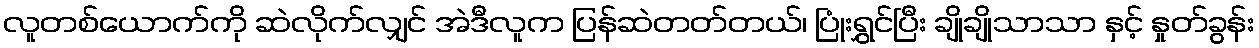
လူတစ်ယောက်ကို ဆဲလိုက်လျှင် အဲဒီလူက ပြန်ဆဲတတ်တယ်၊ ပြုံးရွှင်ပြီး ချိုချိုသာသာ နှင့် နှုတ်ခွန်း